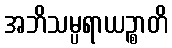
အဘိသမ္ပရာယဉ္စာတိ